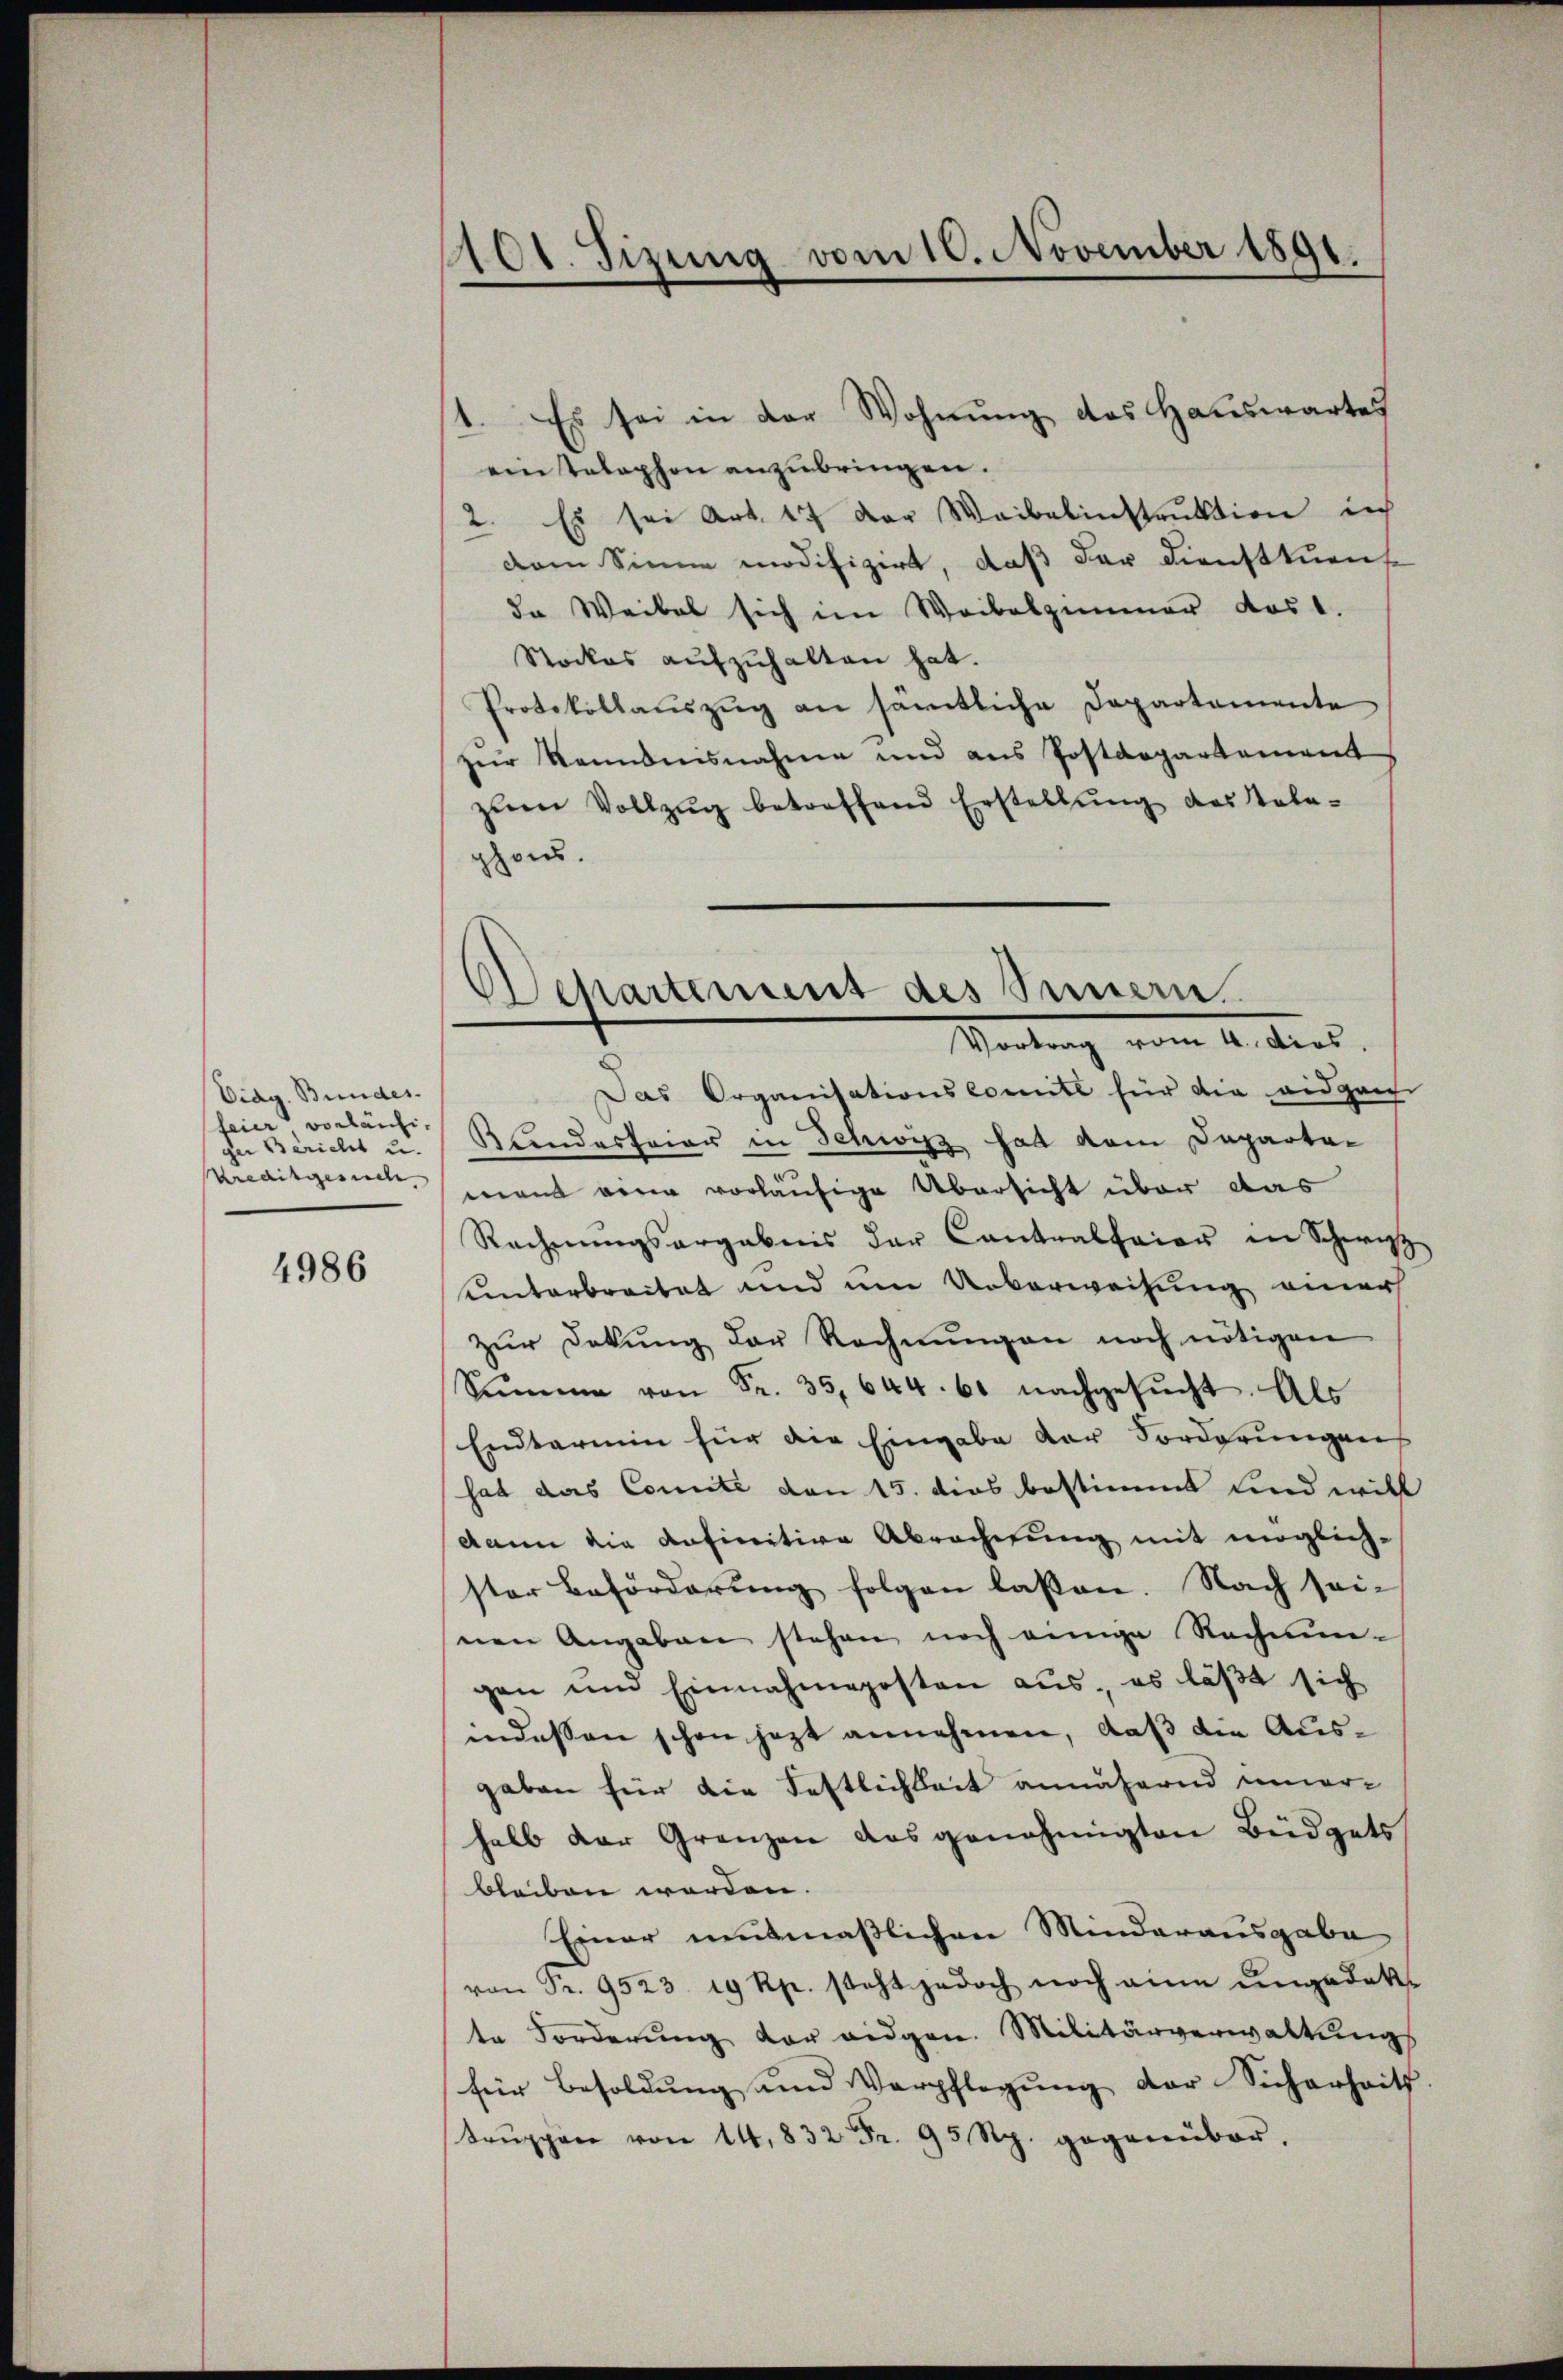
Eidg. Bundes.
feier vorläufiger Bericht u.
Kreditgesuch

4986

1101. Sizung vom 10. November 1891.

eintelephon anzubringen.
2. Es sei Art. 17 der Waibelinstruktion ih
dem Sinne modifizirt, daß der Dienstkuenf
da Weibel sich im Waibelzimmer das 1.
Stockes aŭfzŭhalten hat.
Protokollaŭszŭg an sämtliche Departemente
zur Kenntnisnahme und aus Postdepartement
zŭm Vollzŭg betreffend Erstellŭng des ale-
phons.

1. Es sei in der Wohnung des Hauswartes

Departement des Simmen.
Vortrag vom 4. dies

Das Organisationskomite für die eidgen
Kindesfeier in Schwyz hat dem Departamant von vorläufige Übersicht über das
Rechnŭngsergebnis der Contralfaier in Schwyz
unterbreitet und um Ueberweisung einer
zŭr Dekŭng der Rechnŭngen noch nötigen
Summe von Fr. 35,644. 61 nachgesucht. Als
Endtermin für die Eingabe der Forderungen
hat das Comité von 15. dies bestimmt und will
dann die anfinitive Abrechnung mit mögliche
ster Beförderung folgen laßen. Nach sei-
nen Angaben stehen noch einige Rechnŭn-
gen und Einnahmeposten aus, es läßt sich
indessen schon jezt annehmen, daß die Ausgaben für die Festlichkeit annähernd uner-
halb der Grenzen ausgenehmigten Büdgets
bleiben worden.
Einer neutmaßlichen Minderausgabe
von Fr. 9523. 19 Rp. steht jedoch noch eine ŭngedek-
te Forderung der eidgen. Militärverwaltung
für Besoldung und Verpflegung der Sicherheits
trŭppen von 14,832 Fr. 95 Rp. gegenüber.